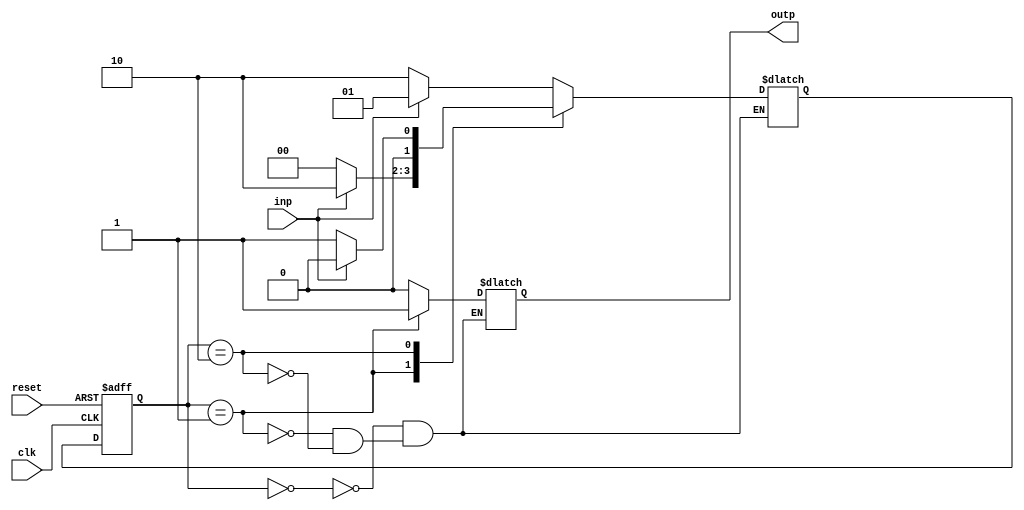
module FSM (
  input wire clk,
  input wire reset,
  input wire inp,
  output reg outp
);

// States
parameter S0 = 2'b00;
parameter S1 = 2'b01;
parameter S2 = 2'b10;

// Current state register
reg [1:0] state, next_state;

// State transition logic
always @ (posedge clk or posedge reset)
begin
  if (reset)
    state <= S0;
  else
    state <= next_state;
end

// Next state logic
always @ (*)
begin
  case (state)
    S0: begin
      if (inp)
        next_state = S1;
      else
        next_state = S2;
    end
    S1: begin
      if (inp)
        next_state = S2;
      else
        next_state = S0;
    end
    S2: begin
      if (inp)
        next_state = S0;
      else
        next_state = S1;
    end
  endcase
end

// Output signals based on current state
always @ (*)
begin
  case (state)
    S0: outp = 1'b0;
    S1: outp = 1'b1;
    S2: outp = 1'b0;
  endcase
end

endmodule